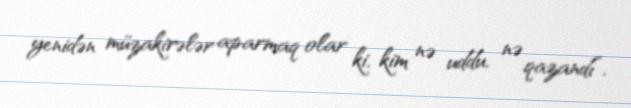
yenidən müzakirələr aparmaq olar ki, kim nə uddu, nə qazandı”.